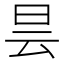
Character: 昙